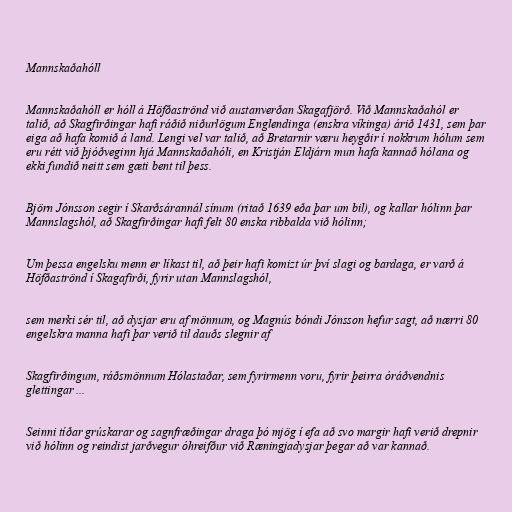
Mannskaðahóll

Mannskaðahóll er hóll á Höfðaströnd við austanverðan Skagafjörð. Við Mannskaðahól er
talið, að Skagfirðingar hafi ráðið niðurlögum Englendinga (enskra víkinga) árið 1431, sem þar
eiga að hafa komið á land. Lengi vel var talið, að Bretarnir væru heygðir í nokkrum hólum sem
eru rétt við þjóðveginn hjá Mannskaðahóli, en Kristján Eldjárn mun hafa kannað hólana og
ekki fundið neitt sem gæti bent til þess.

Björn Jónsson segir í Skarðsárannál sínum (ritað 1639 eða þar um bil), og kallar hólinn þar
Mannslagshól, að Skagfirðingar hafi felt 80 enska ribbalda við hólinn;

Um þessa engelsku menn er líkast til, að þeir hafi komizt úr því slagi og bardaga, er varð á
Höfðaströnd í Skagafirði, fyrir utan Mannslagshól,

sem merki sér til, að dysjar eru af mönnum, og Magnús bóndi Jónsson hefur sagt, að nærri 80
engelskra manna hafi þar verið til dauðs slegnir af

Skagfirðingum, ráðsmönnum Hólastaðar, sem fyrirmenn voru, fyrir þeirra óráðvendnis
glettingar ...

Seinni tíðar grúskarar og sagnfræðingar draga þó mjög í efa að svo margir hafi verið drepnir
við hólinn og reindist jarðvegur óhreifður við Ræningjadysjar þegar að var kannað.